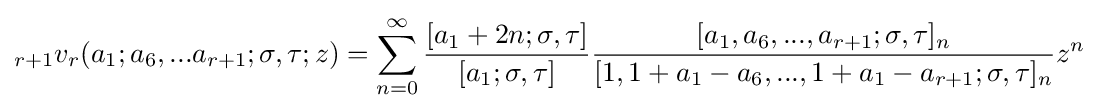
\displaystyle {}_{r+1}v_{r}(a_{1};a_{6},...a_{r+1};\sigma ,\tau ;z)=\sum _{n=0}^{\infty }{\frac {[a_{1}+2n;\sigma ,\tau ]}{[a_{1};\sigma ,\tau ]}}{\frac {[a_{1},a_{6},...,a_{r+1};\sigma ,\tau ]_{n}}{[1,1+a_{1}-a_{6},...,1+a_{1}-a_{r+1};\sigma ,\tau ]_{n}}}z^{n}